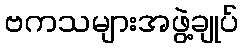
ဗကသများအဖွဲ့ချုပ်